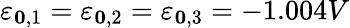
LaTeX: \varepsilon_{\boldsymbol{0},1}=\varepsilon_{\boldsymbol{0},2}=\varepsilon_{\boldsymbol{0},3}=-1.004V